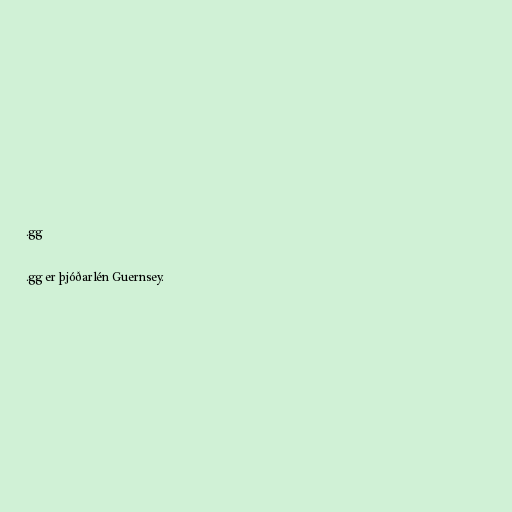
.gg

.gg er þjóðarlén Guernsey.